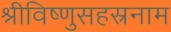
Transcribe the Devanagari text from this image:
श्रीविष्णुसहस्रनाम